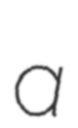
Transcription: a